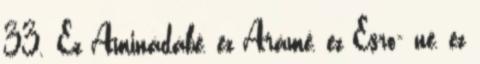
33. Ez Aminádábé, ez Arámé, ez Esro− né, ez